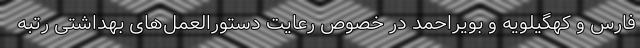
فارس و کهگیلویه و بویراحمد در خصوص رعایت دستورالعمل‌های بهداشتی رتبه